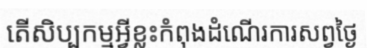
តើសិប្បកម្មអ្វីខ្លះកំពុងដំណើរការសព្វថ្ងៃ